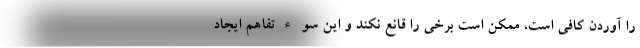
را آوردن کافی است، ممکن است برخی را قانع نکند و این سوءتفاهم ایجاد